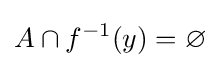
A\cap f^{-1}(y)=\varnothing